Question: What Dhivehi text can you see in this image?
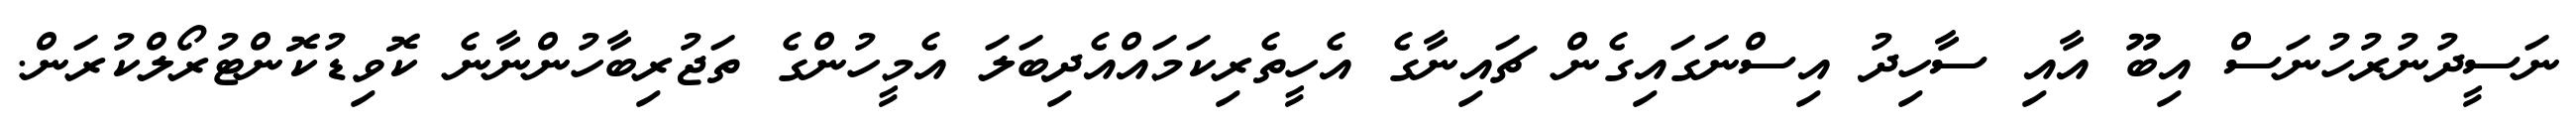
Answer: ނަސީދުނުރުހުނަސް އިބޫ އާއި ސާހިދު އިސްނަގައިގެން ޗައިނާގެ އެހީތެރިކަމައްއެދިބަލަ އެމީހުންގެ ތަޖުރިބާހުންނާނެ ކޮވިޑުކޮންޓުރޯލްކުރަން.